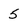
Character: 5